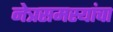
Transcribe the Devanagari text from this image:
नेत्रसमस्यांचा